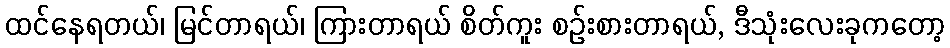
ထင်နေရတယ်၊ မြင်တာရယ်၊ ကြားတာရယ် စိတ်ကူး စဉ်းစားတာရယ်, ဒီသုံးလေးခုကတော့